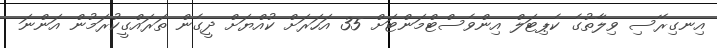
އިނގިރޭސި ވިލާތުގެ ކެޕިޓަލް އިންވެސްޓްމަންޓަށް 35 އަހަރަށް ކުއްޔަށް ދީގެން ތަރައްގީކުރަމުން އަންނަ